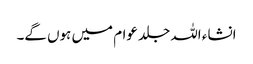
انشاء اللہ جلد عوام میں ہوں گے۔